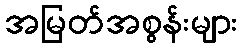
အမြတ်အစွန်းများ